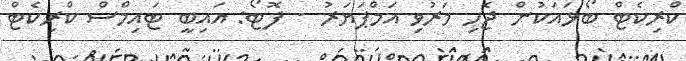
ކްރިކެޓް ބޯޅައަކުން ޖެހި މަރުވި އަމްޕަޔަރު - ފޮޓޯ: އައިބީ ޓައިމްސް ކްރިކެޓް